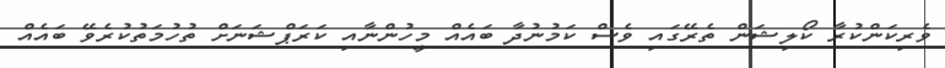
ވެރިކަންކުރާ ކޯލިޝަން ތެރޭގައި ވެސް ކަމުނުދާ ބައެއް މީހުންނާއި ކަރަޕްޝަނަށް ތުހުމަތުކުރެވޭ ބައެއް